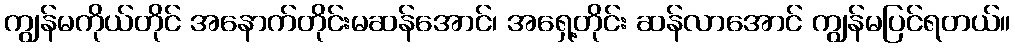
ကျွန်မကိုယ်တိုင် အနောက်တိုင်းမဆန်အောင်၊ အရှေ့တိုင်း ဆန်လာအောင် ကျွန်မပြင်ရတယ်။